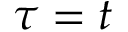
\tau = t